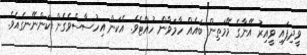
ވީދިފައި ވީއިރު އޭނާގެ މޭމަތިން ބައެއް ހާމަވާން ހުއްޓެވެ. އެކަން އިހުސާސްވެގެން ކަންނޭނގެއެެވެ.